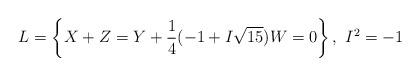
LaTeX: \begin{align*}L=\left\{X+Z=Y+\frac{1}{4}(-1+I\sqrt{15})W=0\right\},\,\,I^{2}=-1\end{align*}